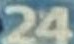
24